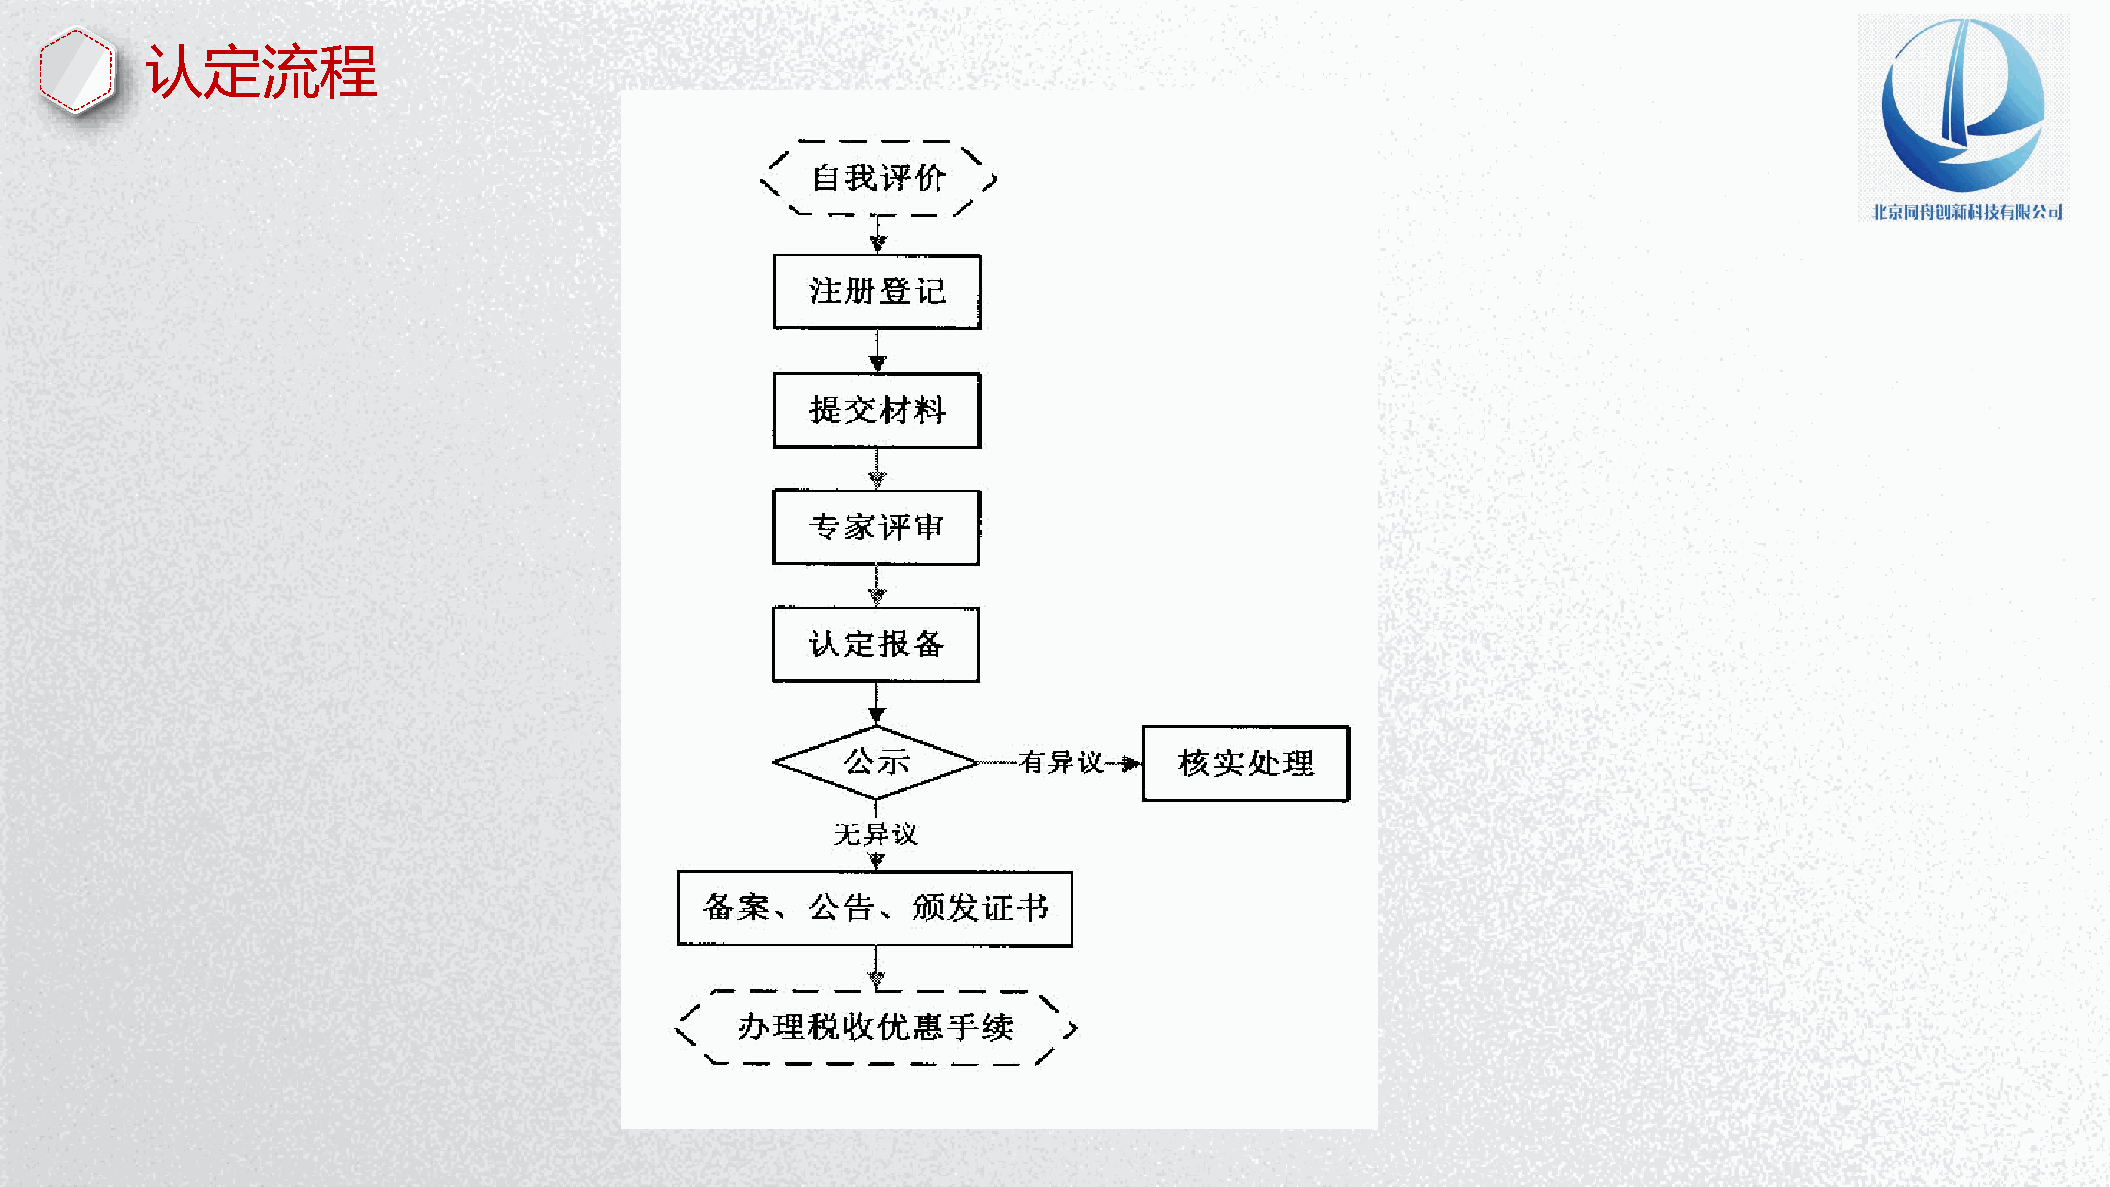
认定流程
 P节P优W资范教字PPo日秀料文案体TTr模背d下下下下PP教板景PP载载载载TT程下模图下：：：：：载板片载wwww：：：： wwwwwwwwwwwwww....wwwww1111.ppppwwww1pppp....ptttt1111p....ppppcccctoooopppp.cmmmmtttto....ccccm////oooozfjziammmmi i/ al tnwioia//// /waomjbxoii ne ere /ao dr n/izjb i /ia //n a i /gn / / 行 PP P PEPP 试P业 PxTTT cT图教 卷e素P 课lP 教下表程材T 件模 程下： 载下 下板 ：载 ：载w载： w： ww： ：www www wwww .ww1.w.w p1w 1wppw. p.1.tpp1 .1.p t1p tcp .p o .ppcp ct mopot.t.mtc. m/c .ocopco /m /omoem smxw h/// ch it /e ts eau kiurl/nb e/pc g jiaoa iy ai io/ ne n// t/ /